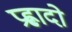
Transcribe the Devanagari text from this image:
प्रह्लादो